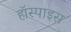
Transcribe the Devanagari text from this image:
हॉस्पाइस